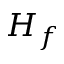
H _ { f }